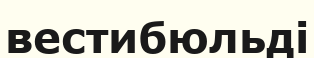
вестибюльді